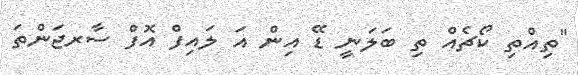
"ތިއްތި ކޯޗެއް ތި ބަލަނީ ޑޭ އިން އަ ލައިފް އޮފް ސާރޖަންތަ